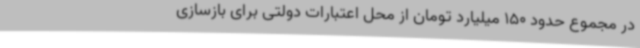
در مجموع حدود 150 میلیارد تومان از محل اعتبارات دولتی برای بازسازی